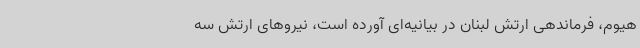
هیوم، فرماندهی ارتش لبنان در بیانیه‌ای آورده است، نیروهای ارتش سه